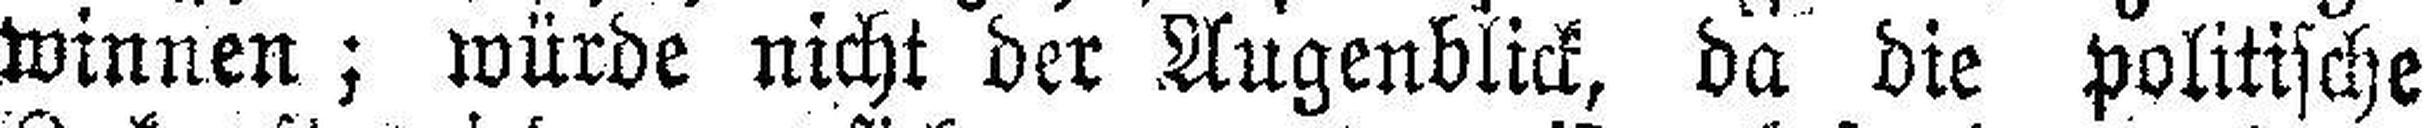
winnen; würde nicht der Augenblick, da die politische